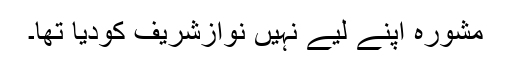
مشورہ اپنے لیے نہیں نوازشریف کودیا تھا۔